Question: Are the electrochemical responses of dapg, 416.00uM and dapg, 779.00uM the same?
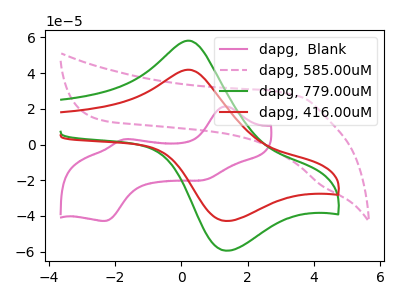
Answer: <think>The pink curve "dapg,  Blank" has anodic peaks at (1.30V, 21.35uA) (-1.75V, 2.85uA) and cathodic peaks at (0.70V, -19.90uA) (-2.30V, -42.85uA). The pink dashed curve "dapg, 585.00uM" has no peaks. The green curve "dapg, 779.00uM" has an anodic peak at (0.20V, 58.15uA) and a cathodic peak at (1.40V, -59.45uA). The red curve "dapg, 416.00uM" has an anodic peak at (0.20V, 41.85uA) and a cathodic peak at (1.40V, -42.85uA).
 All the peaks in "dapg, 416.00uM" have a peak in "dapg, 779.00uM" at the same potential. Every peak in "dapg, 416.00uM" is lower than every peak in "dapg, 779.00uM".</think>
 <answer>"dapg, 416.00uM" and "dapg, 779.00uM" are similar in shape.</answer>
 <eval>same_shape</eval>